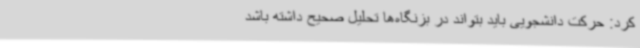
کرد: حرکت دانشجویی باید بتواند در بزنگاه‌ها تحلیل صحیح داشته باشد